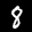
Label: 8